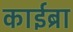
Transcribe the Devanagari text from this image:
काईब्रा